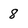
Character: 8